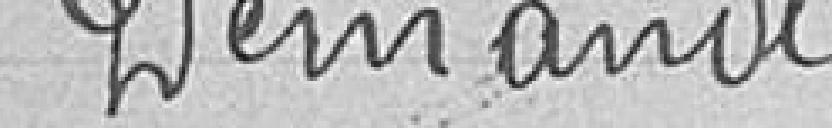
Demande